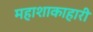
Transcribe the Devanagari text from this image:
महाशाकाहारी